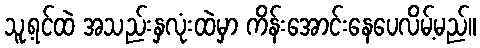
သူ့ရင်ထဲ အသည်းနှလုံးထဲမှာ ကိန်းအောင်းနေပေလိမ့်မည်။